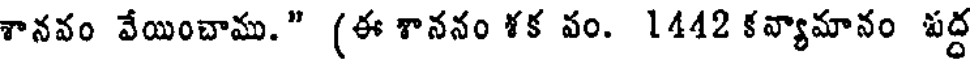
శానవం వేయించాము." (ఈ శాననం ళక వం. 1442 కవ్యామానం పద్ద